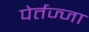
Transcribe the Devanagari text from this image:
पेर्तज्जा